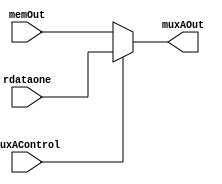
module mux_A(input wire [31:0] memOut,
              input wire [31:0] rdataone,
              input wire muxAControl,
              output wire [31:0] muxAOut);
  
  assign muxAOut = (muxAControl == 1'b0) ? memOut : rdataone;
  
  
endmodule